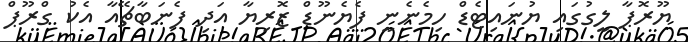
ޔޫރޮޕާ ލީގުގައި ޔުނައިޓެޑް ހިމެނެނީ ފެޔެނޫޑް ޒޮރިޔާ އަދި ފެނަބާޗޭއާ އެކު ގްރޫޕް